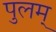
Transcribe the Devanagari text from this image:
पुलम्